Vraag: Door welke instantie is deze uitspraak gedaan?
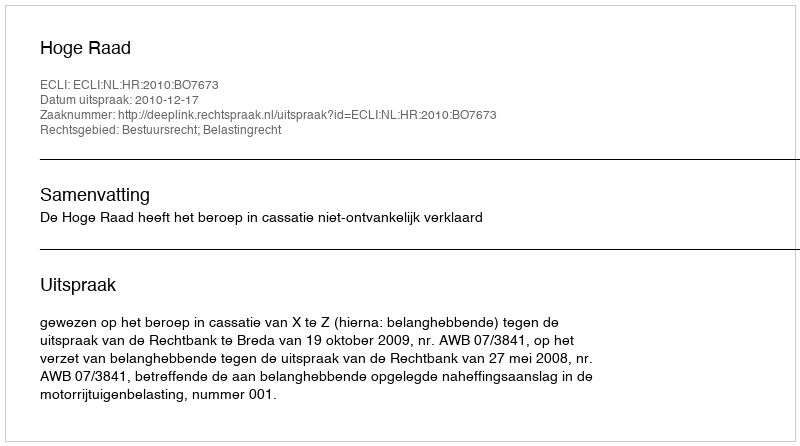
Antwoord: Hoge Raad